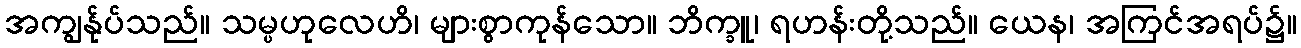
အကျွန်ုပ်သည်။ သမ္ပဟုလေဟိ၊ များစွာကုန်သော။ ဘိက္ခူ၊ ရဟန်းတို့သည်။ ယေန၊ အကြင်အရပ်၌။